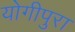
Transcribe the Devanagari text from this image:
योगीपुरा